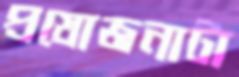
প্রযোজনাটা